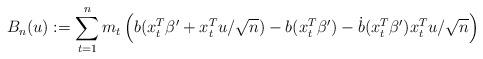
LaTeX: \begin{align*}B_{n}(u): =\sum_{t=1} ^{n} m_{t} \left( b(x_{t}^{T}\beta^\prime + x_t^T u/\sqrt{n})- b(x_{t}^{T}\beta^{\prime}) - \dot{b}(x_{t}^{T}\beta^{\prime})x_{t}^{T} u/\sqrt{n}\right)\end{align*}